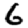
Digit: 6